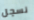
نسجل